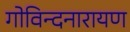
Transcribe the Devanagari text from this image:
गोविन्दनारायण